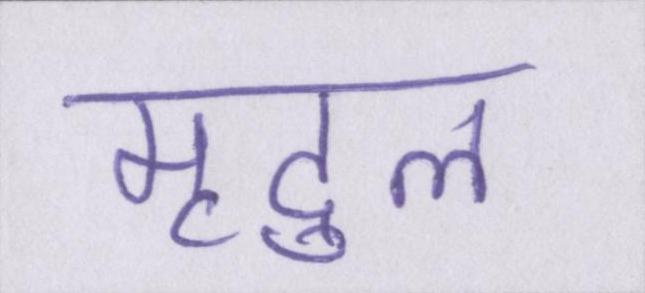
मृदुल